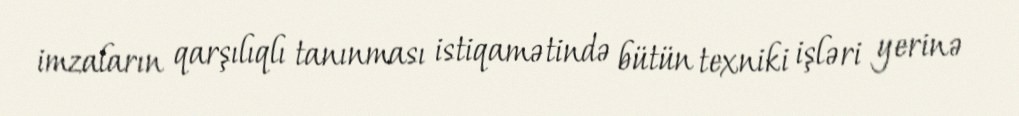
imzaların qarşılıqlı tanınması istiqamətində bütün texniki işləri yerinə